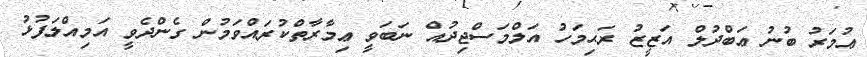
ޢުމަރު ބުނު ޢަބްދުލް އަޒީޒު ރަޙިމަހު އަލްމަސްޖިދުއް ނަބަވީ ޢިމާރާތްކުރައްވަމުން ގެންދެވީ އަމިއްލަފުޅު